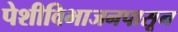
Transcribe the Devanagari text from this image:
पेशीविभाजनपासून